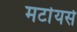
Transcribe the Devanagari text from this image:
मर्टायर्स